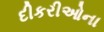
દીકરીઓના